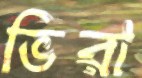
ভিরা